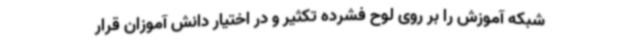
شبکه آموزش را بر روی لوح فشرده تکثیر و در اختیار دانش آموزان قرار